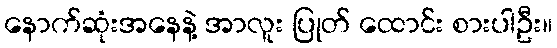
နောက်ဆုံးအနေနဲ့ အာလူး ပြုတ် ထောင်း စားပါဦး။